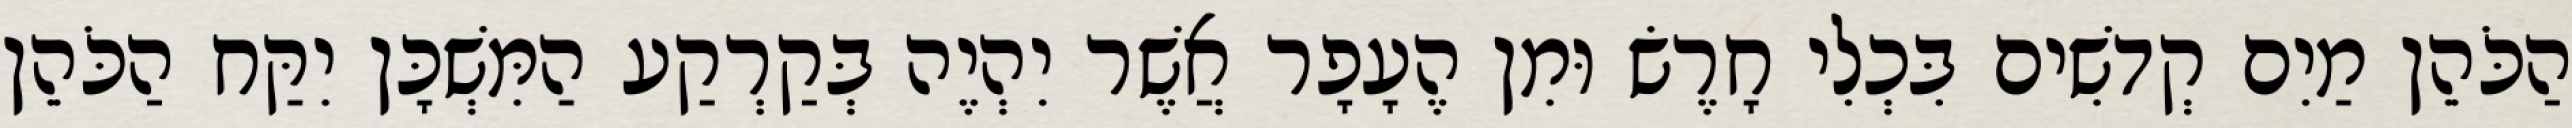
הַכֹּהֵן מַיִם קְדשִׁים בִּכְלִי חָרֶשׂ וּמִן הֶעָפָר אֲשֶׁר יִהְיֶה בְּקַרְקַע הַמִּשְׁכָּן יִקַּח הַכֹּהֵן